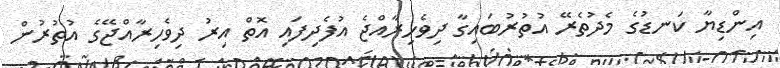
އިންޑިޔާ ކަނޑުގެ މެދުތެރޭ އުތުރުބައިގާ ދިވެހިރާއްޖެ އުފެދިފައި އޮތް އިރު ދިވެހިރާއްޖޭގެ އުތުރުން